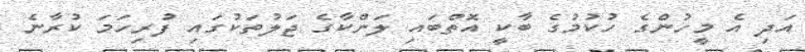
އަދި އެ މީހުންގެ ހުކުމުގެ ބާކީ އޮތްބައި ލަންކާގެ ޖަލުތަކުގައި ފުރިހަމަ ކުރާނެ